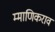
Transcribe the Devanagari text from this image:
म्माणिकराव